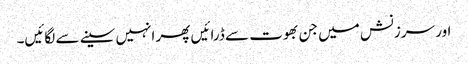
اور سرزنش میں جن بھوت سے ڈرائیں پھر انہیں سینے سے لگائیں۔